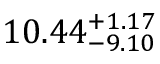
1 0 . 4 4 _ { - 9 . 1 0 } ^ { + 1 . 1 7 }